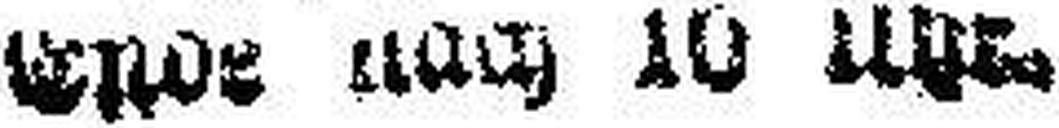
### nach 10 Uhr,